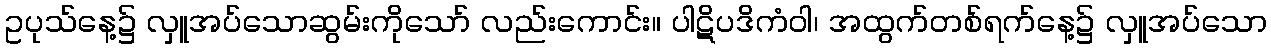
ဥပုသ်နေ့၌ လှူအပ်သောဆွမ်းကိုသော် လည်းကောင်း။ ပါဋိပဒိကံဝါ၊ အထွက်တစ်ရက်နေ့၌ လှူအပ်သော